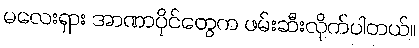
မလေးရှား အာဏာပိုင်တွေက ဖမ်းဆီးလိုက်ပါတယ်။